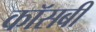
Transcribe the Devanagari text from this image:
कॉसबी